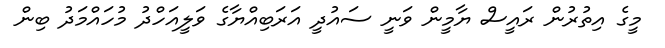
މީގެ އިތުރުން ރައީސް ޔާމީން ވަނީ ސައުދީ އަރަބިއްޔާގެ ވަލީއަހްދު މުހައްމަދު ބިން